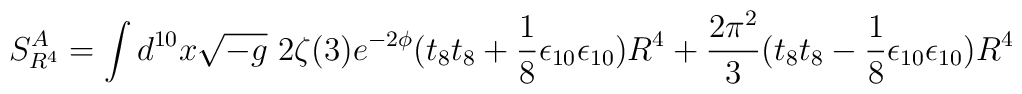
S^{A}_{R^4}= \int d^{10}x\sqrt{-g}~2\zeta(3) e^{-2\phi}(t_8t_8 + \frac{1}{8} \epsilon_{10}\epsilon_{10}) R^4+\frac{2\pi^2}{3} (t_8t_8 - \frac{1}{8} \epsilon_{10}\epsilon_{10}) R^4